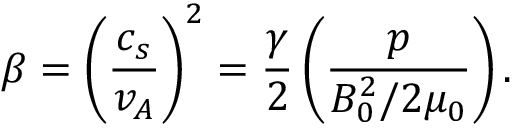
\beta = \left( \frac { c _ { s } } { v _ { A } } \right) ^ { 2 } = \frac { \gamma } { 2 } \left( \frac { p } { B _ { 0 } ^ { 2 } / 2 \mu _ { 0 } } \right) .